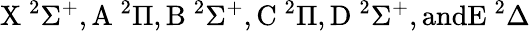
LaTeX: \mathrm{X}~^{2}\Sigma^{+},\mathrm{A}~^{2}\Pi,\mathrm{B}~^{2}\Sigma^{+},\mathrm{C}~^{2}\Pi,\mathrm{D}~^{2}\Sigma^{+},\mathrm{and}\mathrm{E}~^{2}\Delta